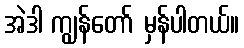
အဲဒါ ကျွန်တော် မှန်ပါတယ်။